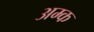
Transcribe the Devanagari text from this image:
अम्क